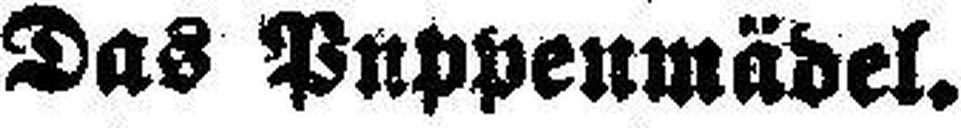
Das Puppenmädel.